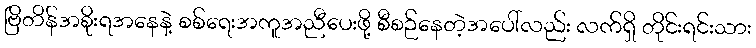
ဗြိတိန်အစိုးရအနေနဲ့ စစ်ရေးအကူအညီပေးဖို့ စီစဉ်နေတဲ့အပေါ်လည်း လက်ရှိ တိုင်းရင်းသား